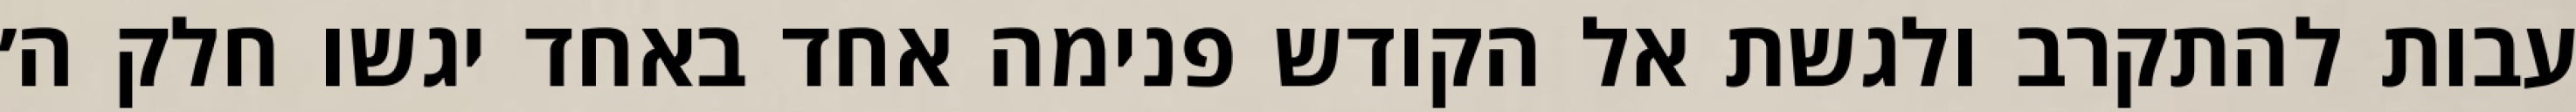
עבות להתקרב ולגשת אל הקודש פנימה אחד באחד יגשו חלק ה׳